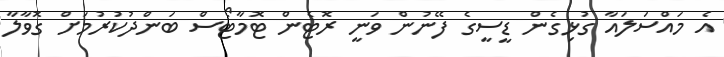
އެ މައްސަލައާ ގުޅިގެން ޑީސީގެ ފޭނުން ވަނީ ރޮޓެން ޓޮމާޓޯސް ބަންދުކުރުމަށް ގޮވާލާ